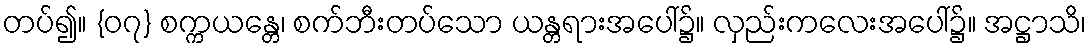
တပ်၍။ {၀၇} စက္ကယန္တေ၊ စက်ဘီးတပ်သော ယန္တရားအပေါ်၌။ လှည်းကလေးအပေါ်၌။ အဋ္ဌာသိ၊